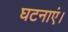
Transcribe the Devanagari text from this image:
घटनाएं।